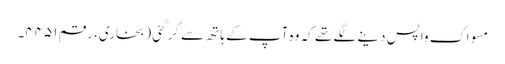
مسواک واپس دینے لگے تھے کہ وہ آپ کے ہاتھ سے گر گئی (بخاری، رقم ۴۴۵۱۔